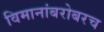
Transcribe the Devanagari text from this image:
विमानांबरोबरच